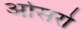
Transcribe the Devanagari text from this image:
ओसरो